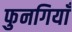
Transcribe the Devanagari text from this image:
फुनगियाँ